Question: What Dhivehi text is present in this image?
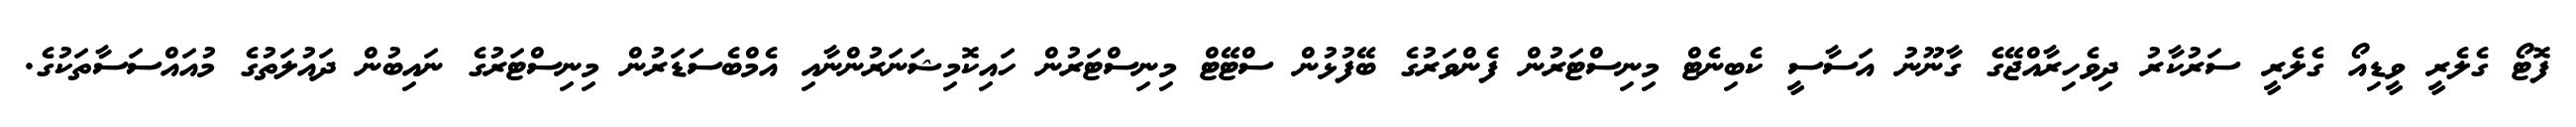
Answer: ފޮޓޯ ގެލެރީ ވީޑިއޯ ގެލެރީ ސަރުކާރު ދިވެހިރާއްޖޭގެ ގާނޫނު އަސާސީ ކެބިނެޓް މިނިސްޓަރުން ފެންވަރުގެ ބޭފުޅުން ސްޓޭޓް މިނިސްޓަރުން ހައިކޮމިޝަނަރުންނާއި އެމްބެސަޑަރުން މިނިސްޓަރުގެ ނައިބުން ދައުލަތުގެ މުއައްސަސާތަކުގެ.